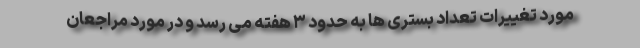
مورد تغییرات تعداد بستری ها به حدود ۳ هفته می رسد و در مورد مراجعان